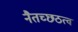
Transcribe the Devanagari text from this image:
नैतच्छठत्वं